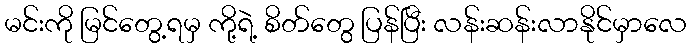
မင်းကို မြင်တွေ့ရမှ ကို့ရဲ့ စိတ်တွေ ပြန်ပြီး လန်းဆန်းလာနိုင်မှာလေ